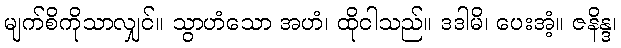
မျက်စိကိုသာလျှင်။ သွာဟံသော အဟံ၊ ထိုငါသည်။ ဒဒါမိ၊ ပေးအံ့။ ဇနိန္ဒ၊